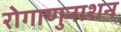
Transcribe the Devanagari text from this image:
रोगाणुनाशन